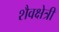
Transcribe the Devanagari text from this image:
शैवक्षेत्री